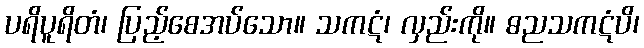
ပရိပူရိတံ၊ ပြည့်စေအပ်သော။ သကဋံ၊ လှည်းကို။ ဓညသကဋံပိ၊